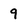
Character: 9